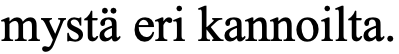
mystä eri kannoilta.